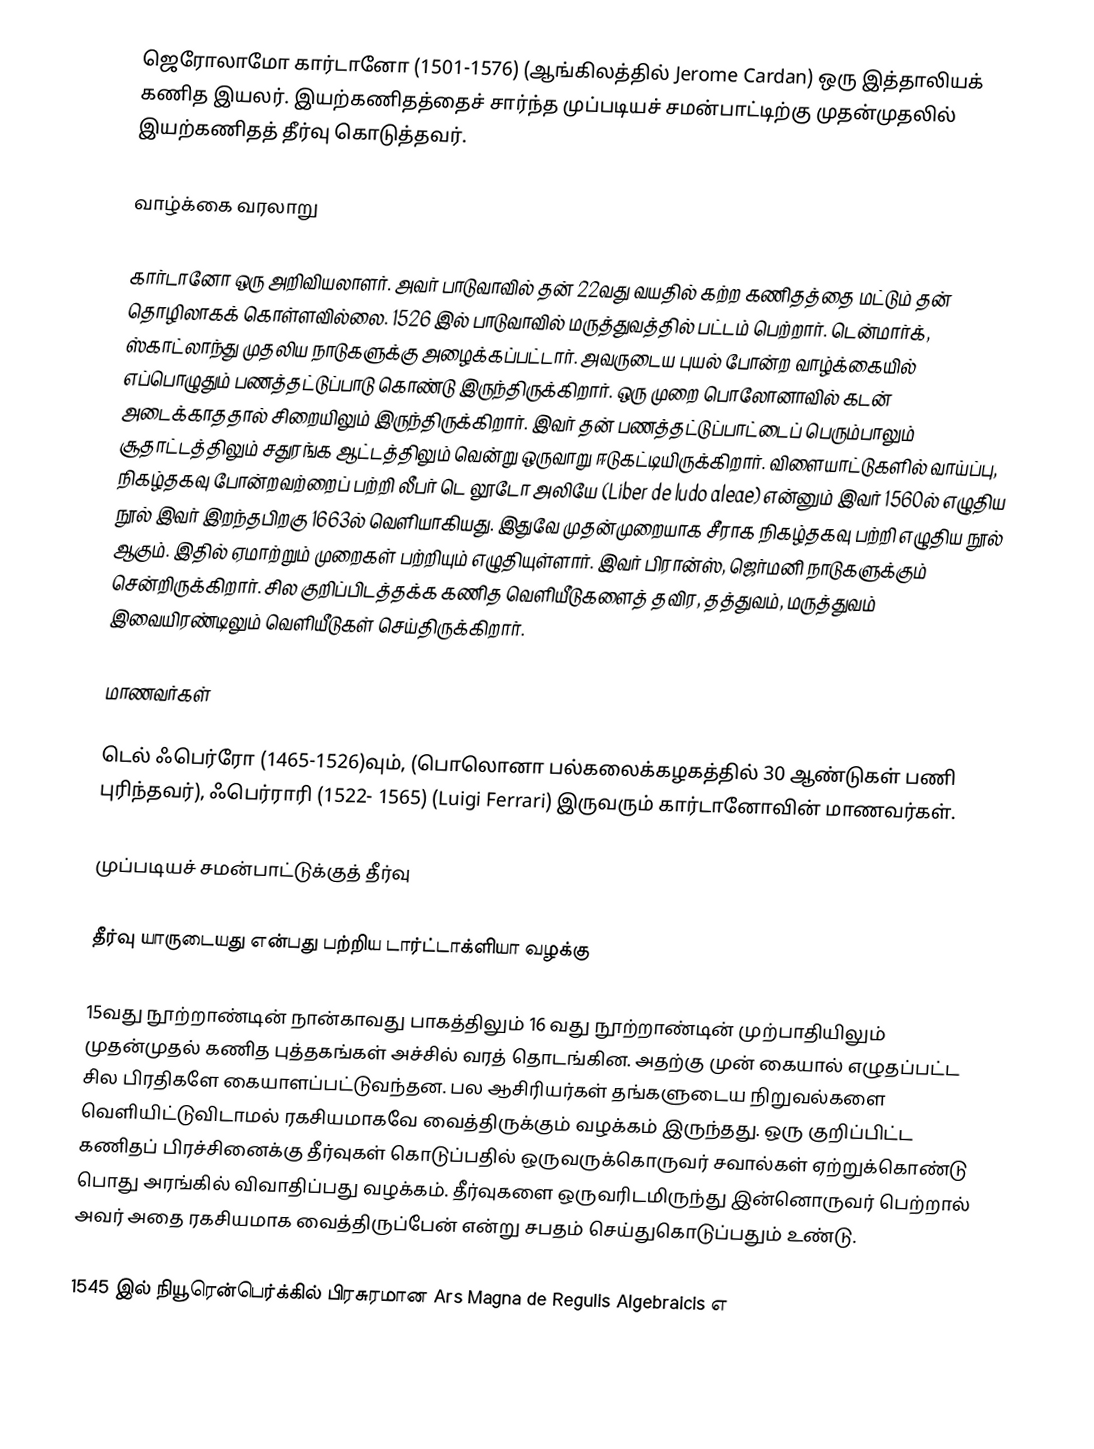
ஜெரோலாமோ கார்டானோ (1501-1576) (ஆங்கிலத்தில் Jerome Cardan) ஒரு இத்தாலியக் கணித இயலர். இயற்கணிதத்தைச் சார்ந்த முப்படியச் சமன்பாட்டிற்கு முதன்முதலில் இயற்கணிதத் தீர்வு கொடுத்தவர்.

வாழ்க்கை வரலாறு

கார்டானோ ஒரு அறிவியலாளர். அவர் பாடுவாவில் தன் 22வது வயதில் கற்ற கணிதத்தை மட்டும் தன் தொழிலாகக் கொள்ளவில்லை. 1526 இல் பாடுவாவில் மருத்துவத்தில் பட்டம் பெற்றார். டென்மார்க், ஸ்காட்லாந்து முதலிய நாடுகளுக்கு அழைக்கப்பட்டார். அவருடைய புயல் போன்ற வாழ்க்கையில் எப்பொழுதும் பணத்தட்டுப்பாடு கொண்டு இருந்திருக்கிறார். ஒரு முறை பொலோனாவில் கடன் அடைக்காததால் சிறையிலும் இருந்திருக்கிறார். இவர் தன் பணத்தட்டுப்பாட்டைப் பெரும்பாலும் சூதாட்டத்திலும் சதுரங்க ஆட்டத்திலும் வென்று ஒருவாறு ஈடுகட்டியிருக்கிறார். விளையாட்டுகளில் வாய்ப்பு, நிகழ்தகவு போன்றவற்றைப் பற்றி லீபர் டெ லூடோ அலியே (Liber de ludo aleae) என்னும் இவர் 1560ல் எழுதிய நூல் இவர் இறந்தபிறகு 1663ல் வெளியாகியது. இதுவே முதன்முறையாக சீராக நிகழ்தகவு பற்றி எழுதிய நூல் ஆகும். இதில் ஏமாற்றும் முறைகள் பற்றியும் எழுதியுள்ளார். இவர் பிரான்ஸ், ஜெர்மனி நாடுகளுக்கும் சென்றிருக்கிறார். சில குறிப்பிடத்தக்க கணித வெளியீடுகளைத் தவிர, தத்துவம், மருத்துவம் இவையிரண்டிலும் வெளியீடுகள் செய்திருக்கிறார்.

மாணவர்கள்

டெல் ஃபெர்ரோ (1465-1526)வும், (பொலொனா பல்கலைக்கழகத்தில் 30 ஆண்டுகள் பணி புரிந்தவர்), ஃபெர்ராரி (1522- 1565) (Luigi Ferrari) இருவரும் கார்டானோவின் மாணவர்கள்.

முப்படியச் சமன்பாட்டுக்குத் தீர்வு

தீர்வு யாருடையது என்பது பற்றிய டார்ட்டாக்ளியா வழக்கு

15வது நூற்றாண்டின் நான்காவது பாகத்திலும் 16 வது நூற்றாண்டின் முற்பாதியிலும் முதன்முதல் கணித புத்தகங்கள் அச்சில் வரத் தொடங்கின. அதற்கு முன் கையால் எழுதப்பட்ட சில பிரதிகளே கையாளப்பட்டுவந்தன. பல ஆசிரியர்கள் தங்களுடைய நிறுவல்களை வெளியிட்டுவிடாமல் ரகசியமாகவே வைத்திருக்கும் வழக்கம் இருந்தது. ஒரு குறிப்பிட்ட கணிதப் பிரச்சினைக்கு தீர்வுகள் கொடுப்பதில் ஒருவருக்கொருவர் சவால்கள் ஏற்றுக்கொண்டு பொது அரங்கில் விவாதிப்பது வழக்கம். தீர்வுகளை ஒருவரிடமிருந்து இன்னொருவர் பெற்றால் அவர் அதை ரகசியமாக வைத்திருப்பேன் என்று சபதம் செய்துகொடுப்பதும் உண்டு.

1545 இல் நியூரென்பெர்க்கில் பிரசுரமான Ars Magna de Regulis Algebraicis எ